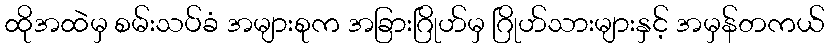
ထိုအထဲမှ စမ်းသပ်ခံ အများစုက အခြားဂြိုဟ်မှ ဂြိုဟ်သားများနှင့် အမှန်တကယ်